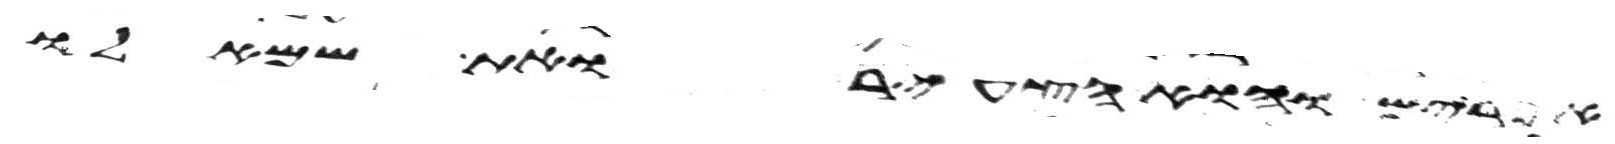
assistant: אפרים והוא הצעיר ואת שמאלו